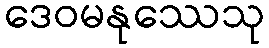
ဒေဝမနုဿေသု